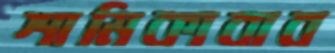
শামিকাবাব